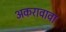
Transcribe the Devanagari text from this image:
अकरावावा